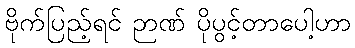
ဗိုက်ပြည့်ရင် ဉာဏ် ပိုပွင့်တာပေါ့ဟာ